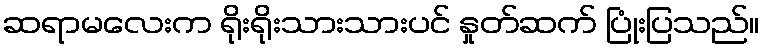
ဆရာမလေးက ရိုးရိုးသားသားပင် နှုတ်ဆက် ပြုံးပြသည်။